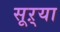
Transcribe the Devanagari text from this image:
सूऱ्या